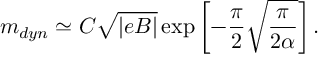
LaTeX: m _ { d y n } \simeq C \sqrt { | e B | } \exp \left[ - { \frac { \pi } { 2 } } \sqrt { \frac { \pi } { 2 \alpha } } \right] .